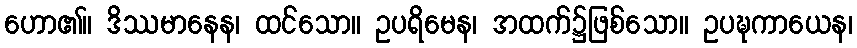
ဟော၏။ ဒိဿမာနေန၊ ထင်သော။ ဥပရိမေန၊ အထက်၌ဖြစ်သော။ ဥပဍ္ဎကာယေန၊